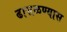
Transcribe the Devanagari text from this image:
ढासळण्यास